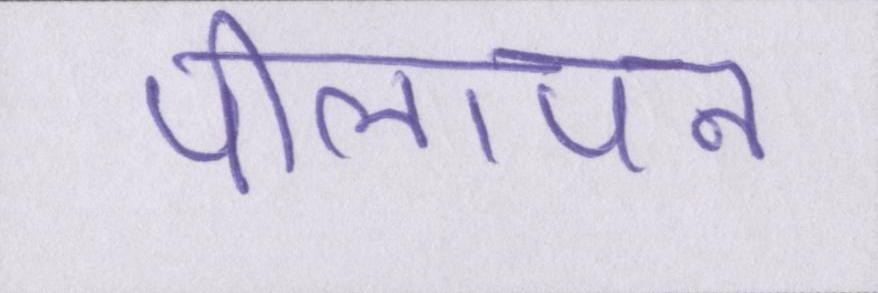
पीलापन